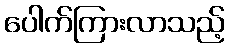
ပေါက်ကြားလာသည့်